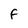
Character: F